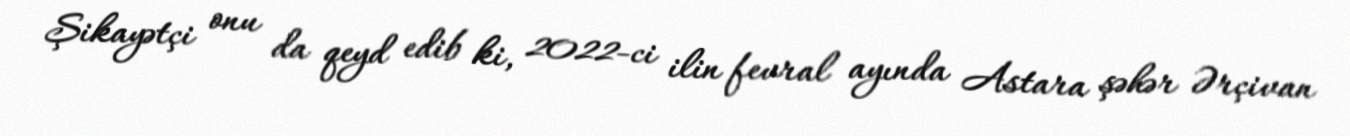
Şikayətçi onu da qeyd edib ki, 2022-ci ilin fevral ayında Astara şəhər Ərçivan